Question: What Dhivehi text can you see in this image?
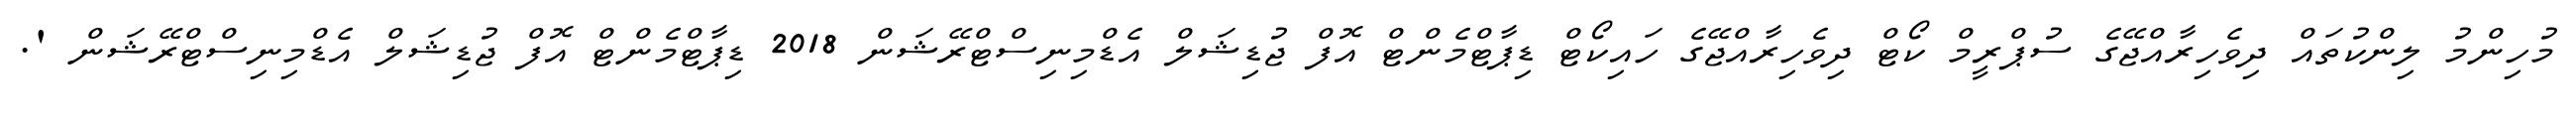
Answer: މުހިންމު ލިންކުތައް ދިވެހިރާއްޖޭގެ ސުޕްރީމް ކޯޓް ދިވެހިރާއްޖޭގެ ހައިކޯޓް ޑިޕާޓްމެންޓް އޮފް ޖުޑިޝަލް އެޑްމިނިސްޓްރޭޝަން 2018 ޑިޕާޓްމެންޓް އޮފް ޖުޑިޝަލް އެޑްމިނިސްޓްރޭޝަން '.